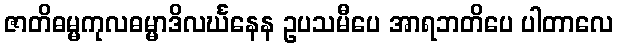
ဇာတိဓမ္မကုလဓမ္မာဒိလင်္ဃနေန ဥပသမီပေ အာရဘတိပေ ပါတာလေ